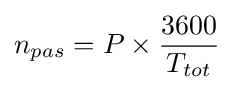
n_{pas}={P}\times {\frac {3600}{T_{tot}}}